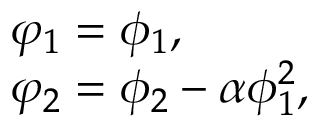
\begin{array} { l } { { \varphi _ { 1 } = \phi _ { 1 } , } } \\ { { \varphi _ { 2 } = \phi _ { 2 } - \alpha \phi _ { 1 } ^ { 2 } , } } \end{array}